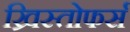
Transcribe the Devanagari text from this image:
ख्रिस्तोफर्स